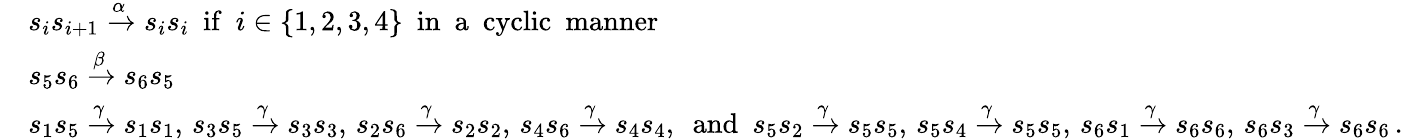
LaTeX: \begin{array}{rl}&{s_{i}s_{i+1}\xrightarrow{\alpha}s_{i}s_{i}\, \, \, \mathrm{if}\, \, \, i\in\{ 1,2,3,4\} \, \, \, \mathrm{in\, \, \, a\, \, \, cyclic\, \, \, manner}}\\ &{s_{5}s_{6}\xrightarrow{\beta}s_{6}s_{5}}\\ &{s_{1}s_{5}\xrightarrow{\gamma}s_{1}s_{1},\, s_{3}s_{5}\xrightarrow{\gamma}s_{3}s_{3},\, s_{2}s_{6}\xrightarrow{\gamma}s_{2}s_{2},\, s_{4}s_{6}\xrightarrow{\gamma}s_{4}s_{4},\, \, \, \mathrm{and}\, \, \, s_{5}s_{2}\xrightarrow{\gamma}s_{5}s_{5},\, s_{5}s_{4}\xrightarrow{\gamma}s_{5}s_{5},\, s_{6}s_{1}\xrightarrow{\gamma}s_{6}s_{6},\, s_{6}s_{3}\xrightarrow{\gamma}s_{6}s_{6}\, .}\end{array}